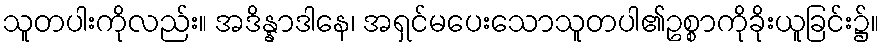
သူတပါးကိုလည်း။ အဒိန္နာဒါနေ၊ အရှင်မပေးသောသူတပါ၏ဥစ္စာကိုခိုးယူခြင်း၌။